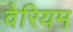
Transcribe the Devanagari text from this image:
वेरियम